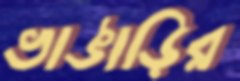
ভাঙাড়ির